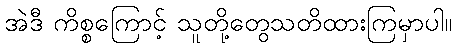
အဲဒီ ကိစ္စကြောင့် သူတို့တွေသတိထားကြမှာပါ။